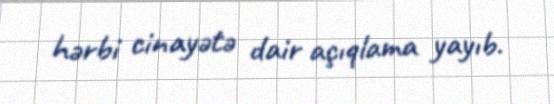
hərbi cinayətə dair açıqlama yayıb.